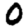
Digit: 0